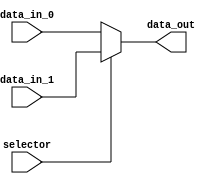
module mux2_1(selector, data_in_0, data_in_1, data_out);
   input     selector;
   input [31:0]  data_in_0;
   input [31:0]  data_in_1;
   output [31:0] data_out;
   
   assign data_out = (selector == 1'b0) ? data_in_0 :  
                     data_in_1;
   
endmodule